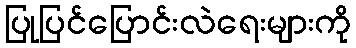
ပြုပြင်ပြောင်းလဲရေးများကို